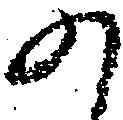
か